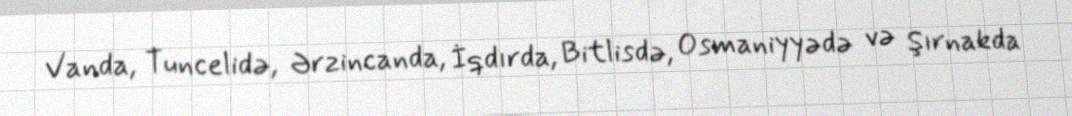
Vanda, Tuncelidə, Ərzincanda, İqdırda, Bitlisdə, Osmaniyyədə və Şırnakda